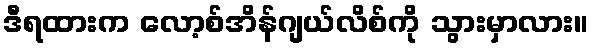
ဒီရထားက လော့စ်အိန်ဂျယ်လိစ်ကို သွားမှာလား။